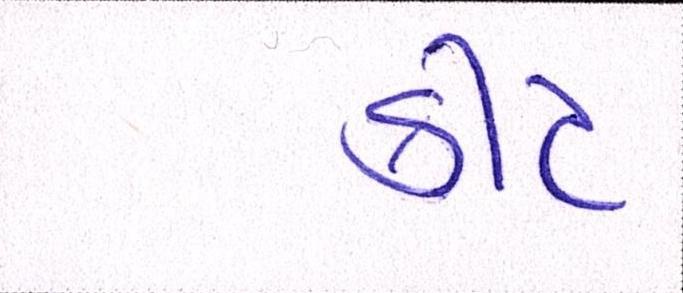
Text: કીટ